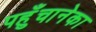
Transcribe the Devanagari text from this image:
पहुँचानेका